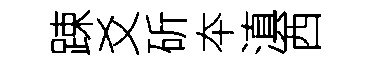
踈爻斫夲滇西